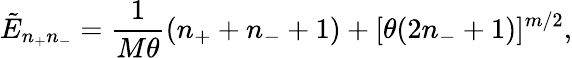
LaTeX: \tilde{E}_{n_{+}n_{-}}=\frac{1}{M\theta}(n_{+}+n_{-}+1)+[\theta(2n_{-}+1)]^{m/2},